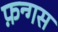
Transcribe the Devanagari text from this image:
फ़न्गस